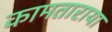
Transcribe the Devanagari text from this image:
कामताराया